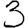
Digit: 3